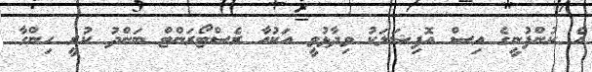
އެ ކުންފުނީގެ އިސް އޮފިޝަލަކު ވިދާޅުވީ އަކުއާ ރެސްޓޯރަންޓް ބަންދު ކުރީ ހިންގާ